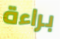
براءة